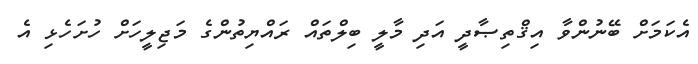
އެކަމަށް ބޭނުންވާ އިޤްތިޞާދީ އަދި މާލީ ބިލްތައް ރައްޔިތުންގެ މަޖިލީހަށް ހުށަހެޅި އެ